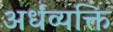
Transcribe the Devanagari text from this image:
अर्धव्यक्ति